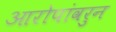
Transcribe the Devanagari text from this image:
आरोपांवरुन